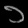
Digit: ၁